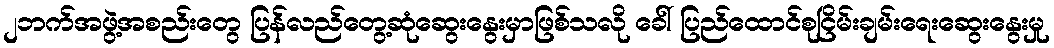
၂ဘက်အဖွဲ့အစည်းတွေ ပြန်လည်တွေ့ဆုံဆွေးနွေးမှာဖြစ်သလို ခေါ် ပြည်ထောင်စုငြိမ်းချမ်းရေးဆွေးနွေးမှု